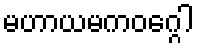
မဟာယမကဝဂ္ဂေါ